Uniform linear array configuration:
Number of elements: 64
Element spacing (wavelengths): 0.75
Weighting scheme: cosine
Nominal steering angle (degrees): -30
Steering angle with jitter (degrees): -29.62
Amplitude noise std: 0.05
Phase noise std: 0.05

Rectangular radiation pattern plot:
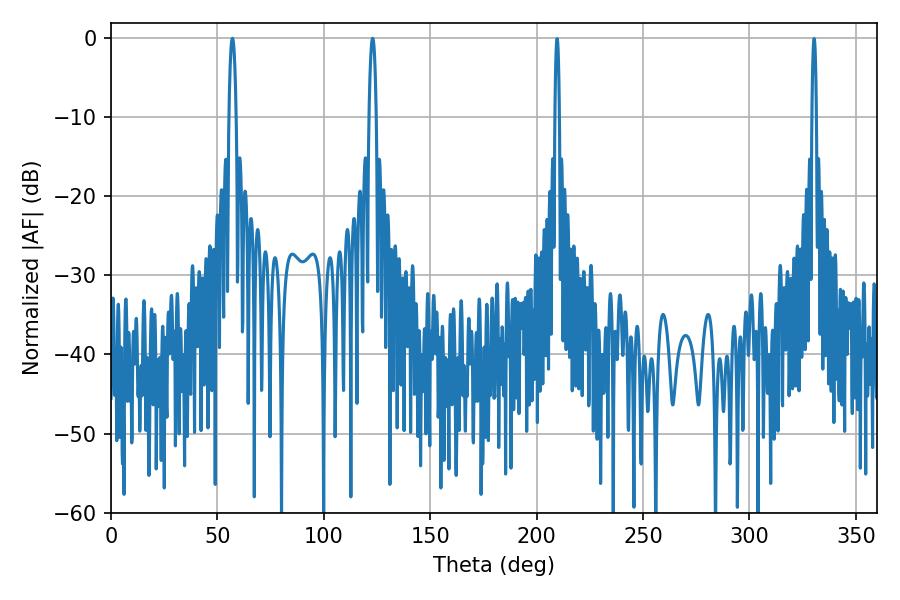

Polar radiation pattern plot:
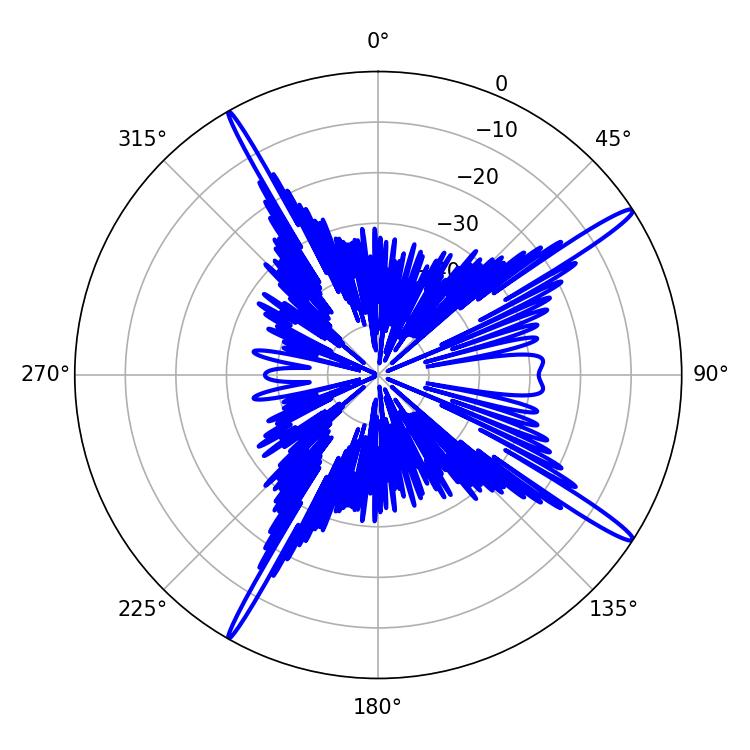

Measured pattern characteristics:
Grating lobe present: TRUE
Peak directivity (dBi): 16.854
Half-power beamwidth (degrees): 1.8
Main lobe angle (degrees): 57.06